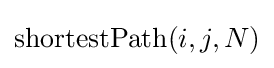
\mathrm {shortestPath} (i,j,N)